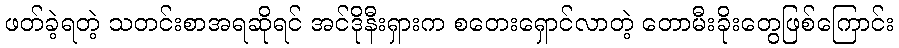
ဖတ်ခဲ့ရတဲ့ သတင်းစာအရဆိုရင် အင်ဒိုနီးရှားက စတေးရှောင်လာတဲ့ တောမီးခိုးတွေဖြစ်ကြောင်း